Indian journal of veterinary science and animal husbandry - Volume 3,
Year: 1933
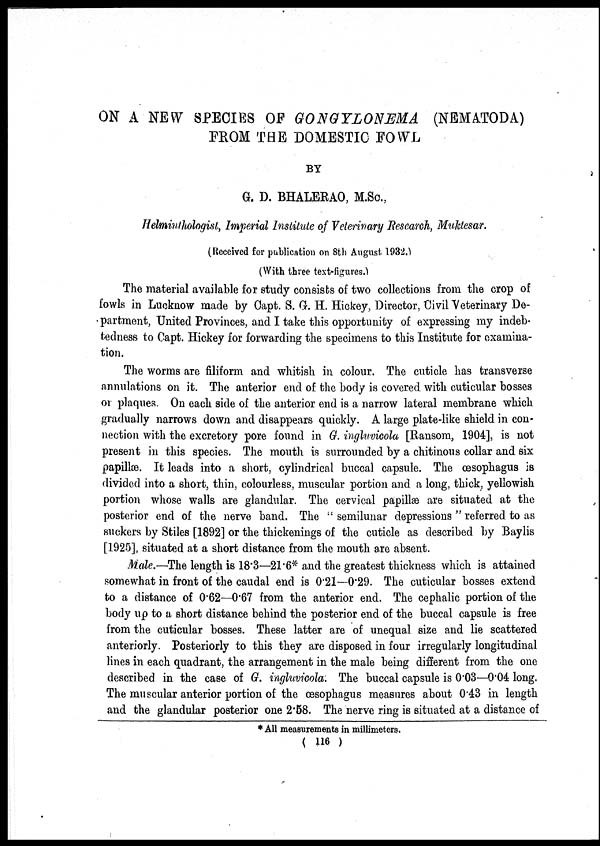
ON A NEW SPECIES OF GONGYLONEMA (NEMATODA)
FROM THE DOMESTIC FOWL
BY
G. D. BHALERAO, M.Sc,
Helminthologist, Imperial Institute of Veterinary Research, Muktesar.
(Received for publication on 8th August 1932.)
(With three text-figures.)
The material available for study consists of two collections from the crop of
fowls in Lucknow made by Capt. S. G. H. Hickey, Director, Civil Veterinary De-
partment, United Provinces, and I take this opportunity of expressing my indeb-
tedness to Capt. Hickey for forwarding the specimens to this Institute for examina-
tion.
The worms are filiform and whitish in colour. The cuticle has transverse
annulations on it. The anterior end of the body is covered with cuticular bosses
or plaques. On each side of the anterior end is a narrow lateral membrane which
gradually narrows down and disappears quickly. A large plate-like shield in con-
nection with the excretory pore found in G. ingluvicola [Ransom, 1904], is not
present in this species. The mouth is surrounded by a chitinous collar and six
papillæ. It leads into a short, cylindrical buccal capsule. The œsophagus is
divided into a short, thin, colourless, muscular portion and a long, thick, yellowish
portion whose walls are glandular. The cervical papillæ are situated at the
posterior end of the nerve band. The " semilunar depressions " referred to as
suckers by Stiles [1892] or the thickenings of the cuticle as described by Baylis
[1925], situated at a short distance from the mouth are absent.
Male.—The length is 18.3—21.6* and the greatest thickness which is attained
somewhat in front of the caudal end is 0.21—0.29. The cuticular bosses extend
to a distance of 0.62—0.67 from the anterior end. The cephalic portion of the
body up to a short distance behind the posterior end of the buccal capsule is free
from the cuticular bosses. These latter are of unequal size and lie scattered
anteriorly. Posteriorly to this they are disposed in four irregularly longitudinal
lines in each quadrant, the arrangement in the male being different from the one
described in the case of G. ingluvicola. The buccal capsule is 0.03—0.04 long.
The muscular anterior portion of the œsophagus measures about 0.43 in length
and the glandular posterior one 2.58. The nerve ring is situated at a distance of
* All measurements in millimeters.
( 116 )